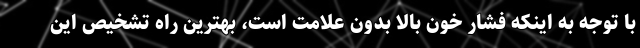
با توجه به اینکه فشار خون بالا بدون علامت است، بهترین راه تشخیص این